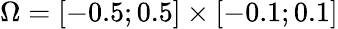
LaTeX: \Omega=[-0.5;0.5]\times[-0.1;0.1]